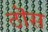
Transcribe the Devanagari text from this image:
ठॊस